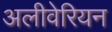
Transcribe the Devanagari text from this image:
अलीवेरियन